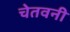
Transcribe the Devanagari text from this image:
चेतवनी